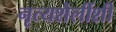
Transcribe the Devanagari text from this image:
नृत्यशैलींशी